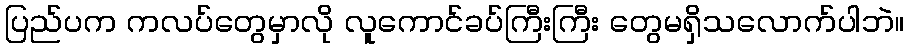
ပြည်ပက ကလပ်တွေမှာလို လူကောင်ခပ်ကြီးကြီး တွေမရှိသလောက်ပါဘဲ။